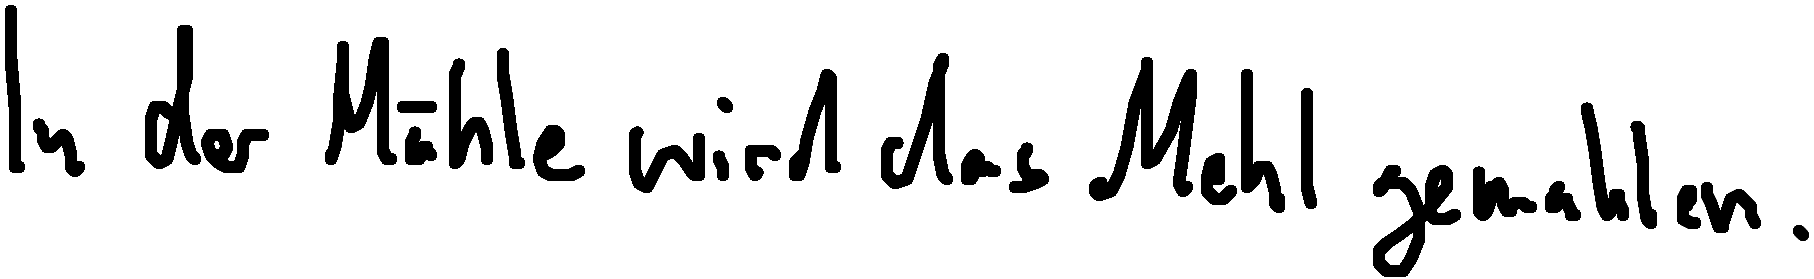
In der Mühle wird das Mehl gemahlen.